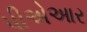
પીએઆર